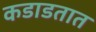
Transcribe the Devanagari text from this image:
कडाडतात